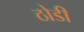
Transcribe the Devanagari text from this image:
ठोडी